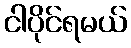
ငါပိုင်ရမယ်